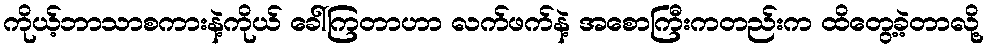
ကိုယ့်ဘာသာစကားနဲ့ကိုယ် ခေါ်ကြတာဟာ လက်ဖက်နဲ့ အစောကြီးကတည်းက ထိတွေ့ခဲ့တာလို့